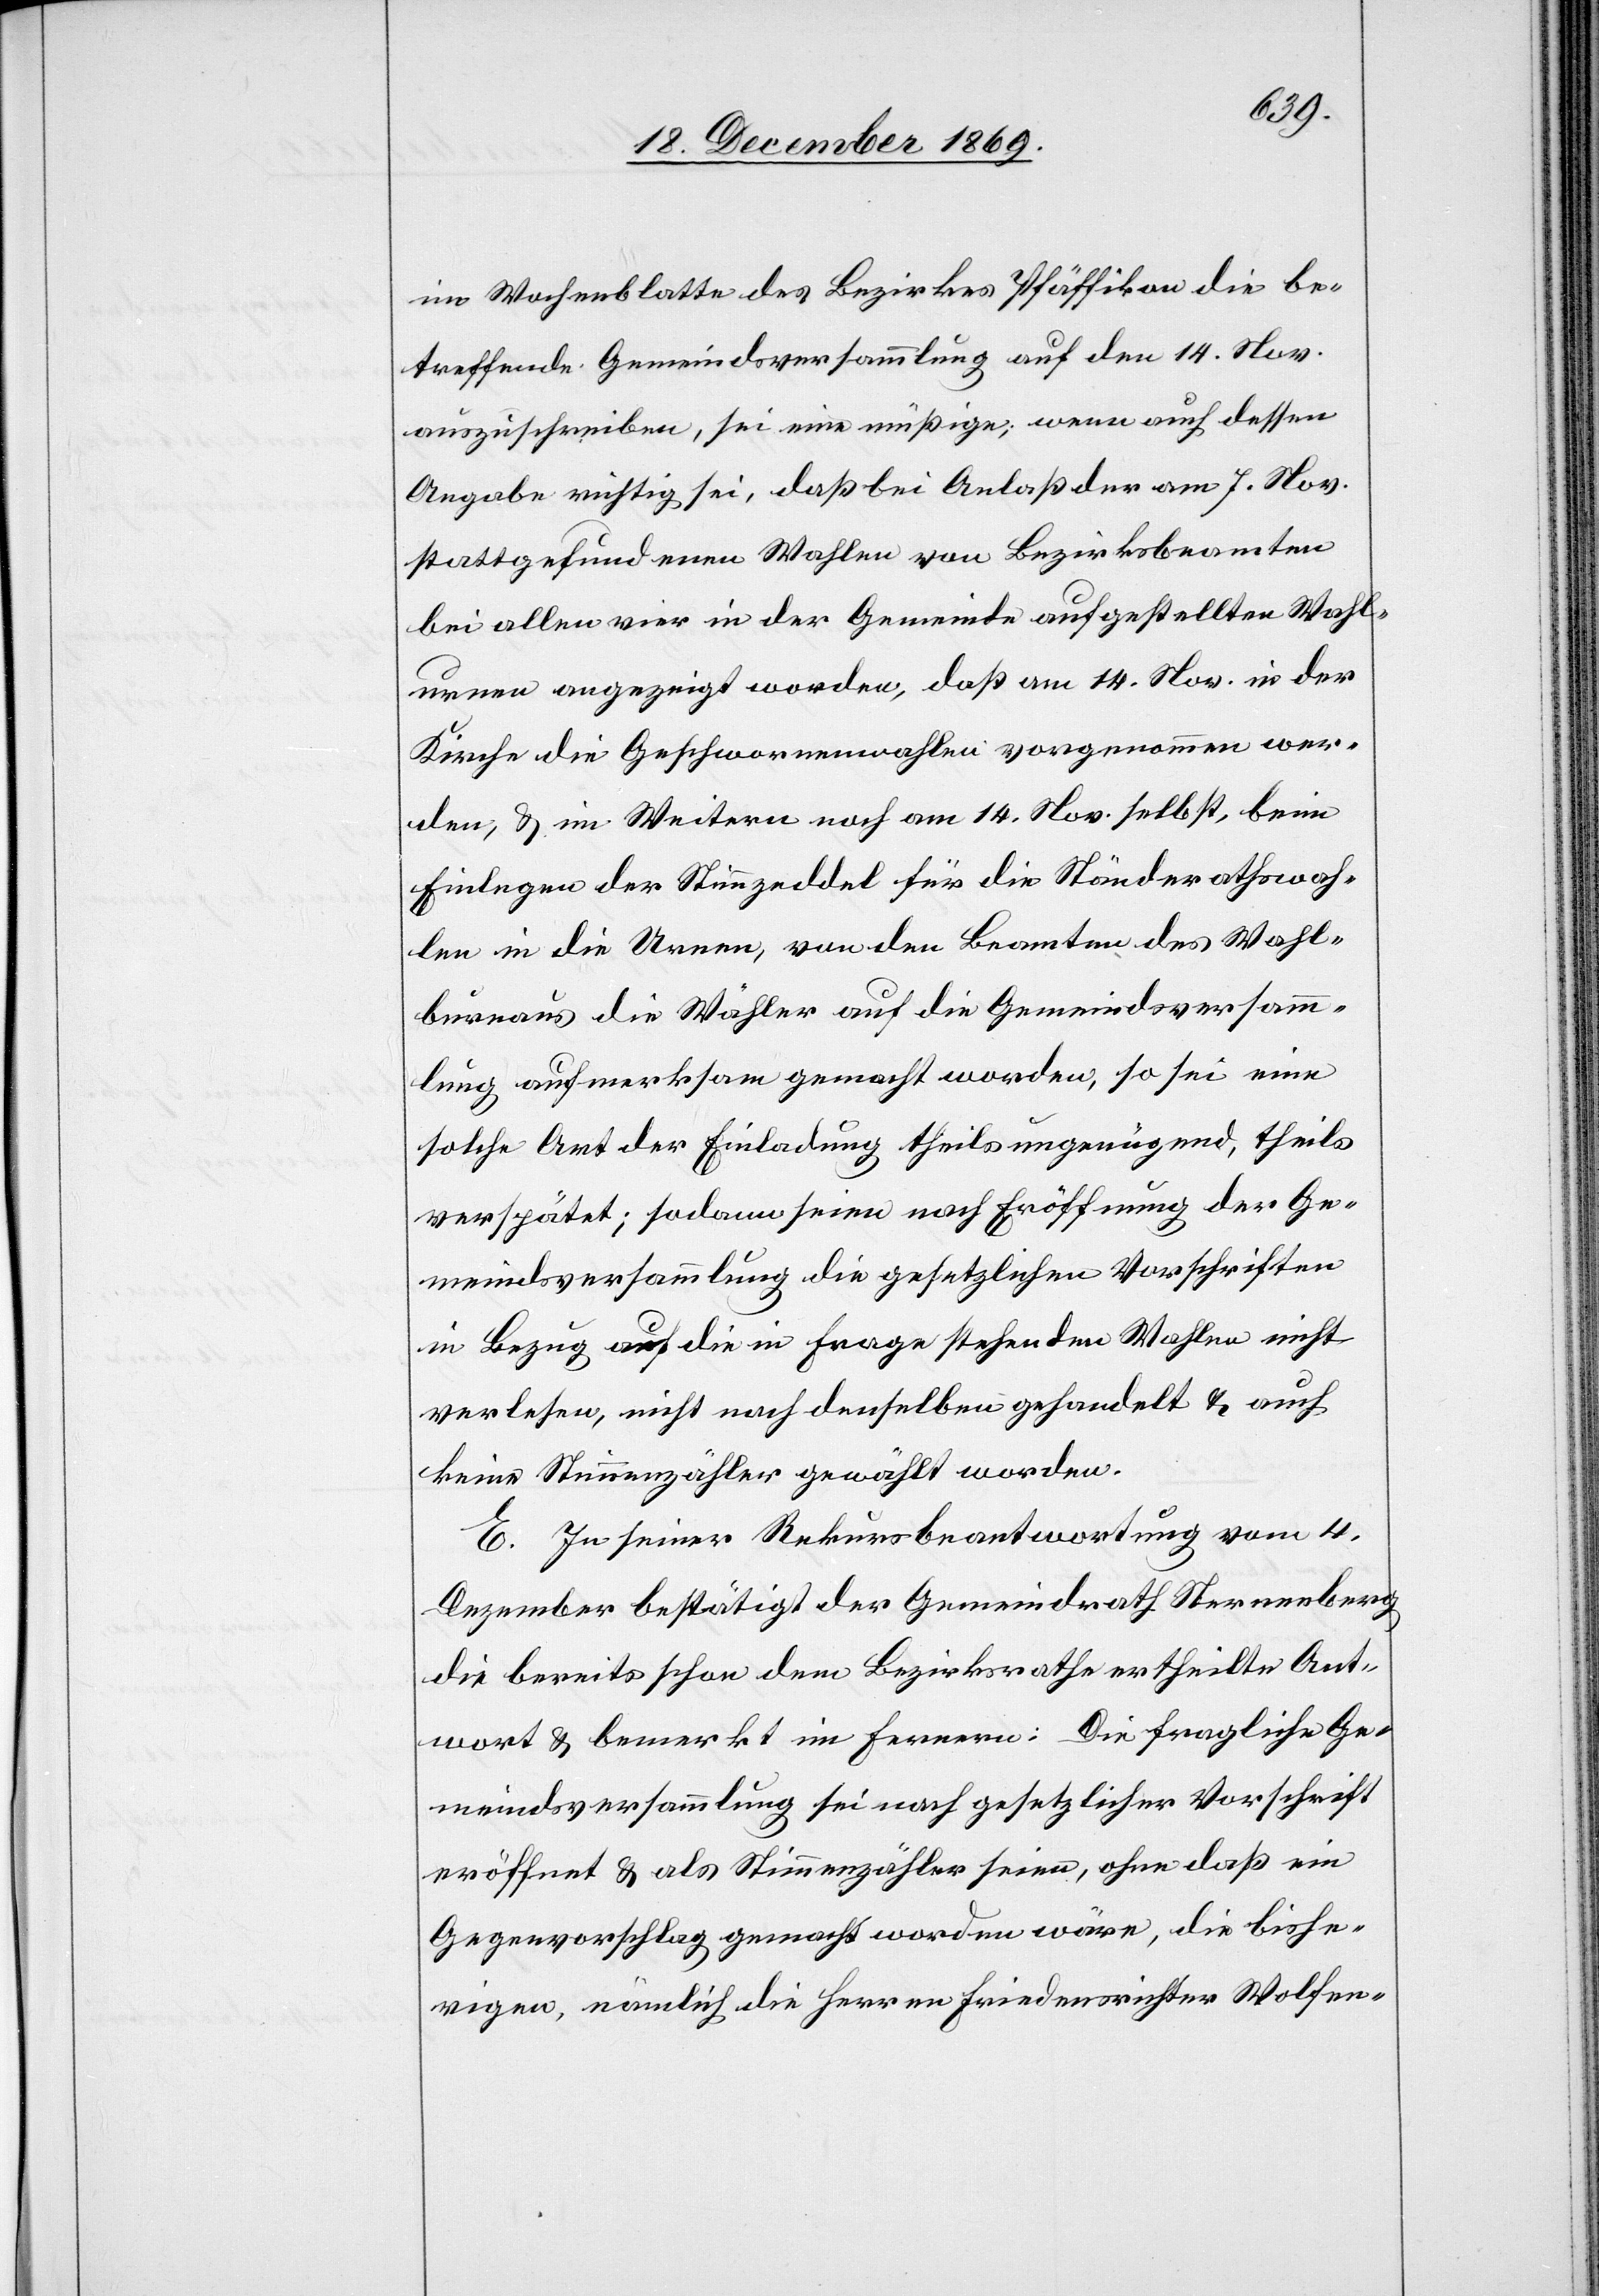
im Wochenblatte des Bezirkes Pfäffikon die be¬
treffende Gemeindsversammlung auf den 14. Nov.
auszuschreiben, sei eine müßige; wenn auch dessen
Angabe richtig sei, daß bei Anlaß der am 7. Nov.
stattgefundenen Wahlen von Bezirksbeamten
bei allen vier in der Gemeinde aufgestellten Wahl¬
urnen angezeigt worden, daß am 14. Nov. in der
Kirche die Geschwornenwahlen vorgenommen wer¬
den, & im Weitern noch am 14. Nov. selbst, beim
Einlegen der Stimmzeddel für die Ständerathswah¬
len in die Urnen, von den Beamten des Wahl¬
bureaus die Wähler auf die Gemeindsversamm¬
lung aufmerksam gemacht worden, so sei eine
solche Art der Einladung theils ungenügend, theils
verspätet; sodann seien nach Eröffnung der Ge¬
meindsversammlung die gesetzlichen Vorschriften
in Bezug auf die in Frage stehenden Wahlen nicht
verlesen, nicht nach denselben gehandelt & auch
keine Stimmenzähler gewählt worden.
E. In seiner Rekursbeantwortung vom 4.
Dezember bestätigt der Gemeindrath Sternenberg
die bereits schon dem Bezirksrathe ertheilte Ant¬
wort & bemerkt im Fernern: Die fragliche Ge¬
meindsversammlung sei nach gesetzlicher Vorschrift
eröffnet & als Stimmenzähler seien, ohne daß ein
Gegenvorschlag gemacht worden wäre, die bishe¬
rigen, nämlich die Herren Friedensrichter Wolfen-